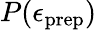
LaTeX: P(\epsilon_{\mathrm{prep}})